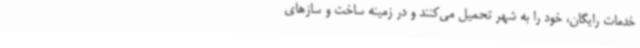
خدمات رایگان، خود را به شهر تحمیل می‌کنند و در زمینه ساخت و سازهای